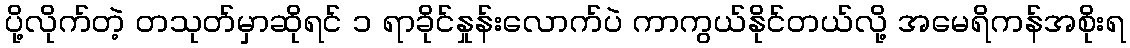
ပို့လိုက်တဲ့ တသုတ်မှာဆိုရင် ၁ ရာခိုင်နှုန်းလောက်ပဲ ကာကွယ်နိုင်တယ်လို့ အမေရိကန်အစိုးရ